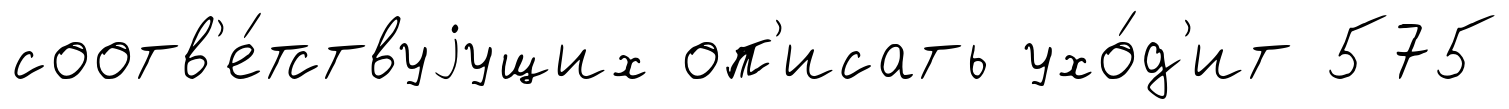
соотв'е́тствуjущих оп'исать ухо́д'ит 575